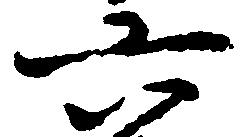
六